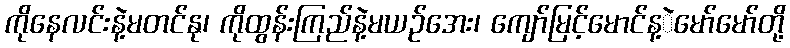
ကိုနေလင်းနဲ့မတင်နု၊ ကိုထွန်းကြည်နဲ့မယဉ်အေး၊ ကျော်မြင့်မောင်န့ဲမော်မော်တို့